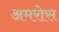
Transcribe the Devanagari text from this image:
अमरोस